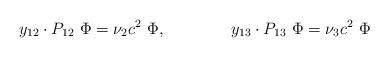
LaTeX: \begin{align*}y_{12} \cdot P _{12} \ \Phi = \nu _2 c^2 \ \Phi, \qquad \qquad y_{13} \cdot P _{13} \ \Phi = \nu _3 c^2 \ \Phi \end{align*}